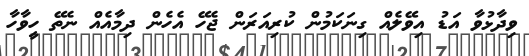
ވިދާޅުވާ އަޑު އިވޭލެއް ގިނަކަމުން ކުރިއަރަން ޖެހޭ އެހެން ދިމާއެއް ނެތޭ ހީވާހާ